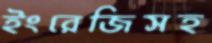
ইংরেজিসহ